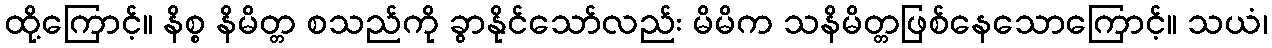
ထို့ကြောင့်။ နိစ္စ နိမိတ္တ စသည်ကို ခွာနိုင်သော်လည်း မိမိက သနိမိတ္တဖြစ်နေသောကြောင့်။ သယံ၊